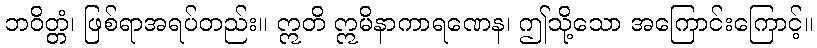
ဘဝိတ္တံ၊ ဖြစ်ရာအရပ်တည်း။ ဣတိ ဣမိနာကာရဏေန၊ ဤသို့သော အကြောင်းကြောင့်။